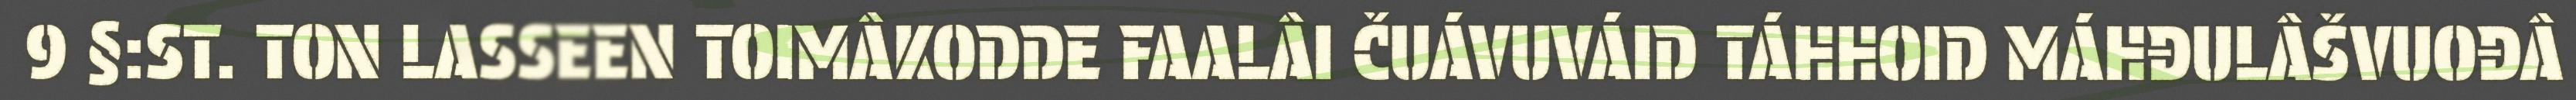
9 §:ST. TON LASSEEN TOIMÂKODDE FAALÂI ČUÁVUVÁID TÁHHOID MÁHĐULÂŠVUOĐÂ